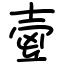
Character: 㚃